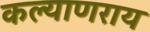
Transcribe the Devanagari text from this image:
कल्याणराय